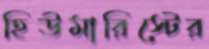
হিউমারিস্টের